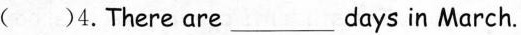
( )4.There are___days in March.